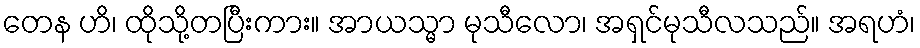
တေန ဟိ၊ ထိုသို့တပြီးကား။ အာယသ္မာ မုသီလော၊ အရှင်မုသီလသည်။ အရဟံ၊